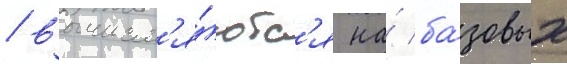
/ вычисл'я́ютс'я на́ ба́зовых